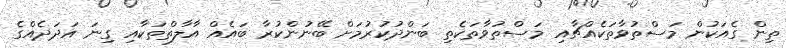
ތިން ގެއަކުން މަސްތުވާތަކެއްޗާއި މަސްތުވާތަކެތި ބަންދުކުރުމަށް ބޭނުންކުރާ ބައެއް އާލާތްތަކާއި ގިނަ އަދަދެއްގެ